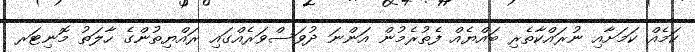
ކަމެއް ކަމަށާއި ނުރައްކާތެރި ބައްޔެއް ފެތުރެމުން އަންނަ ދުވަސްވަރެއްގައި ރައްޔިތުންގެ ހާލަތު މޮނިޓަރ